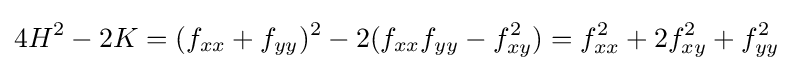
4H^{2}-2K=(f_{xx}+f_{yy})^{2}-2(f_{xx}f_{yy}-f_{xy}^{2})=f_{xx}^{2}+2f_{xy}^{2}+f_{yy}^{2}